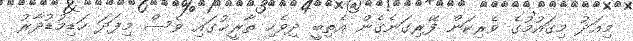
މިއަދު މިގައުމުގެ ވެރިކަން ފޭރިގަނެގެން އެތިބީ ދިވެހި ތާރީޚުގައި ވެސް މިފަދަ ހަޑިމުޑުދާރު